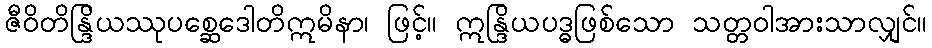
ဇီဝိတိန္ဒြိယဿုပစ္ဆေဒေါတိဣမိနာ၊ ဖြင့်။ ဣန္ဒြိယပဒ္ဓဖြစ်သော သတ္တဝါအားသာလျှင်။